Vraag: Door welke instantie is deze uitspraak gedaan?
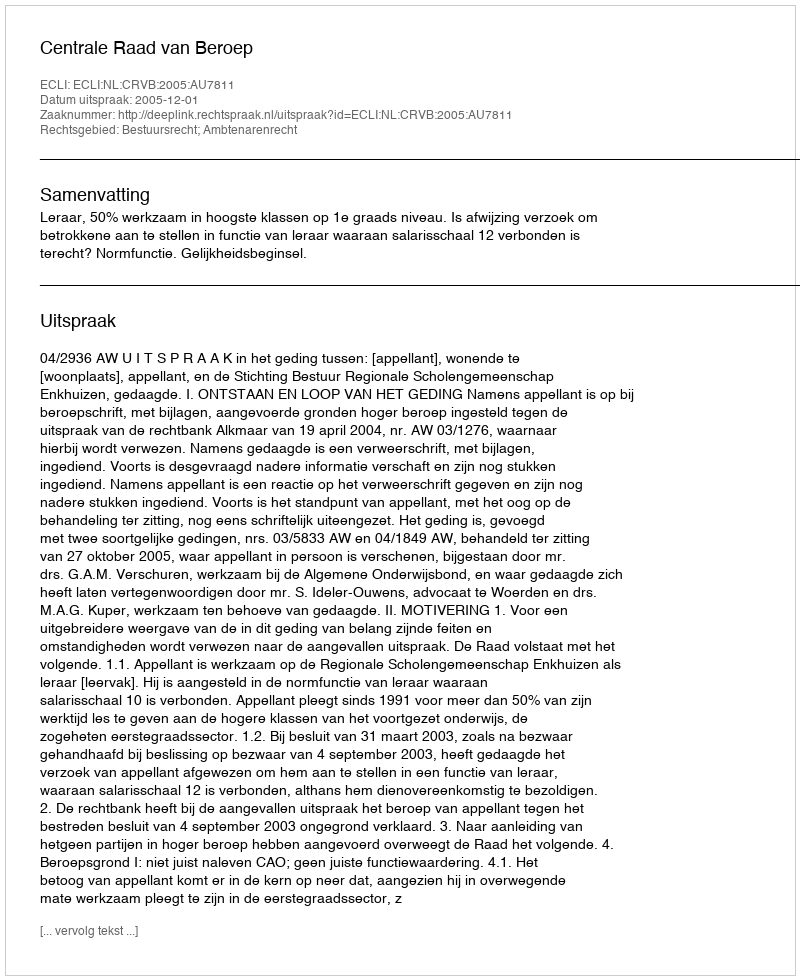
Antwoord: Centrale Raad van Beroep